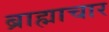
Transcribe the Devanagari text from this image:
ब्राह्माचार